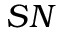
S N